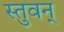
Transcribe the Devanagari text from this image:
स्तुवन्